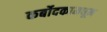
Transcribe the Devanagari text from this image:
कर्बोदकामधून